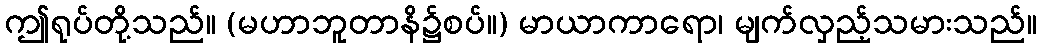
ဤရုပ်တို့သည်။ (မဟာဘူတာနိ၌စပ်။) မာယာကာရော၊ မျက်လှည့်သမားသည်။